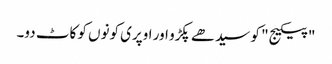
"پیکیج" کو سیدھے پکڑو اور اوپری کونوں کو کاٹ دو۔